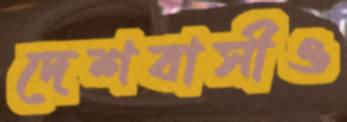
দেশবাসীও